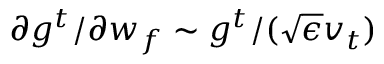
\partial g ^ { t } / \partial w _ { f } \sim g ^ { t } / ( \sqrt { \epsilon } v _ { t } )